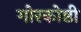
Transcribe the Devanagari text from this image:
गोरकोष्ठी